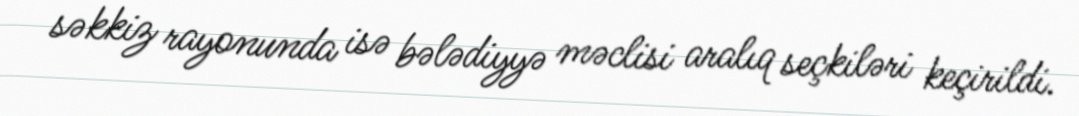
səkkiz rayonunda isə bələdiyyə məclisi aralıq seçkiləri keçirildi.